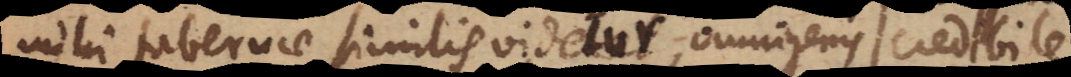
mihi tabernae similis videtur, omnigenis mercibus